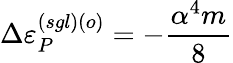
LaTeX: \Delta\varepsilon_{P}^{(sgl)\left(o\right)}=-\frac{\alpha^{4}m}{8}